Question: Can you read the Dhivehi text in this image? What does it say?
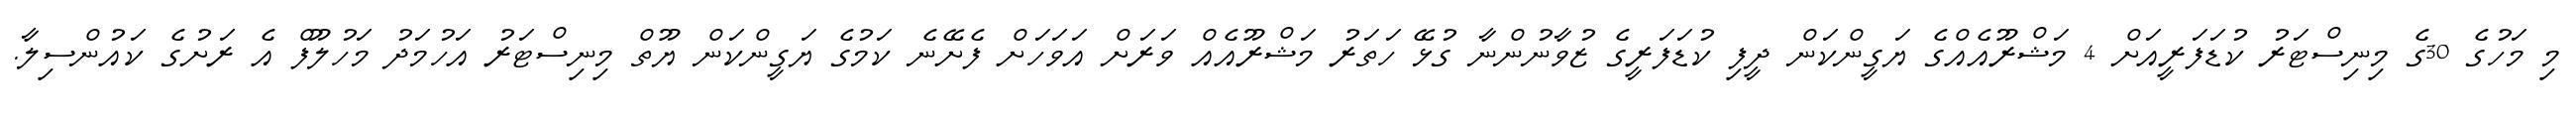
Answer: މި މަހުގެ 30ގެ މިނިސްޓަރު ކުޑަފަރީއަށް 4 މަޝްރޫއެއްގެ ޔަގީންކަން ދީފި ކުޑަފަރީގެ ޒުވާނުންނާ ގުޅޭ ހަތަރު މަޝްރޫއެއް ވަރަށް އަވަހަށް ފެށޭނެ ކަމުގެ ޔަގީންކަން ޔޫތް މިނިސްޓަރު އަހުމަދު މަހުލޫފް އެ ރަށުގެ ކައުންސިލާ.